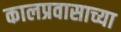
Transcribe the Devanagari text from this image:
कालप्रवासाच्या